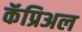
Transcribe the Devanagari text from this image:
कॅप्रिअल